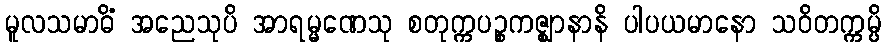
မူလသမာဓိံ အညေသုပိ အာရမ္မဏေသု စတုက္ကပဉ္စကဇ္ဈာနာနိ ပါပယမာနော သဝိတက္ကမ္ပိ